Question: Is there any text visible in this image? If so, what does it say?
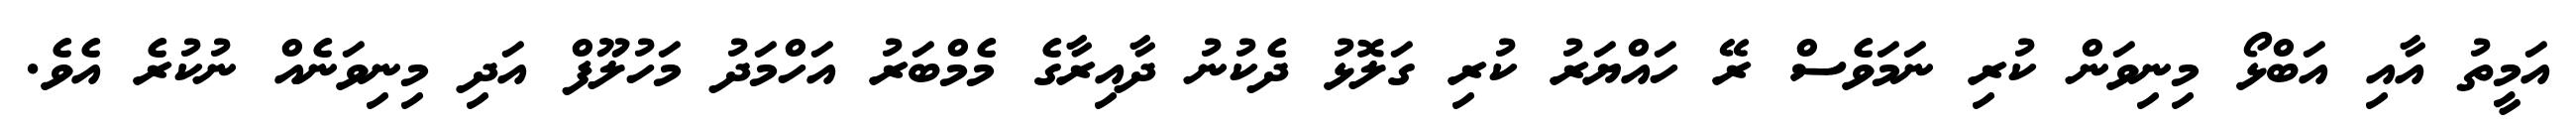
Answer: އަމީތު އާއި އަބްޅޯ މިނިވަން ކުރި ނަމަވެސް ރޭ ހައްޔަރު ކުރި ގަލޮޅު ދެކުނު ދާއިރާގެ މެމްބަރު އަހްމަދު މަހުލޫފް އަދި މިނިވަނެއް ނުކުރެ އެވެ.